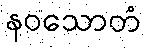
နဝသောတံ